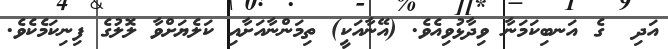
އަދި  ގެ އަނބިކަމަނާ ވިދާޅުވިއެވެ. (އޭނާއަކީ) ތިމަންނާއަށާއި ކަލެޔަށްވާ ލޮލުގެ ފިނިކަމެކެވެ.